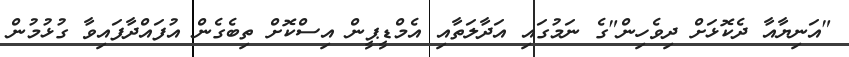
"އަނިޔާއާ ދެކޮޅަށް ދިވެހިން"ގެ ނަމުގައި އަދާލަތާއި އެމްްޑީޕީން އިސްކޮށް ތިބެގެން އުފައްދާފައިވާ ގުޅުމުން